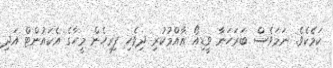
ކަމެކެވެ. ނަމަވެސް ބަރަހަނާ ވީޑިއޯ އާއްމުކުރި ދިވެހި ފިރިހެން މީހާގެ އެކައުންޓް އަދި